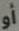
أو